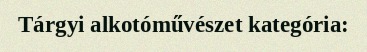
Tárgyi alkotóművészet kategória: